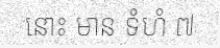
នោះ មាន ទំហំ ៧